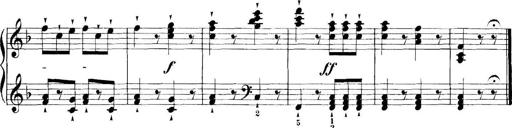
Title: 11 Sonatinas
Composer: Anton Diabelli